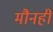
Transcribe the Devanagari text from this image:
मौनही